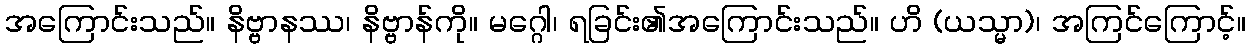
အကြောင်းသည်။ နိဗ္ဗာနဿ၊ နိဗ္ဗာန်ကို။ မဂ္ဂေါ၊ ရခြင်း၏အကြောင်းသည်။ ဟိ (ယသ္မာ)၊ အကြင်ကြောင့်။